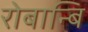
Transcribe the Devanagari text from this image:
रोबान्बि